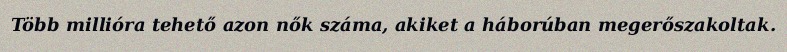
Több millióra tehető azon nők száma, akiket a háborúban megerőszakoltak.